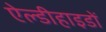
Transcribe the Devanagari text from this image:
ऐल्डीहाइडों